Report on vaccination proceedings throughout the Government of Bengal -
Year: 1868
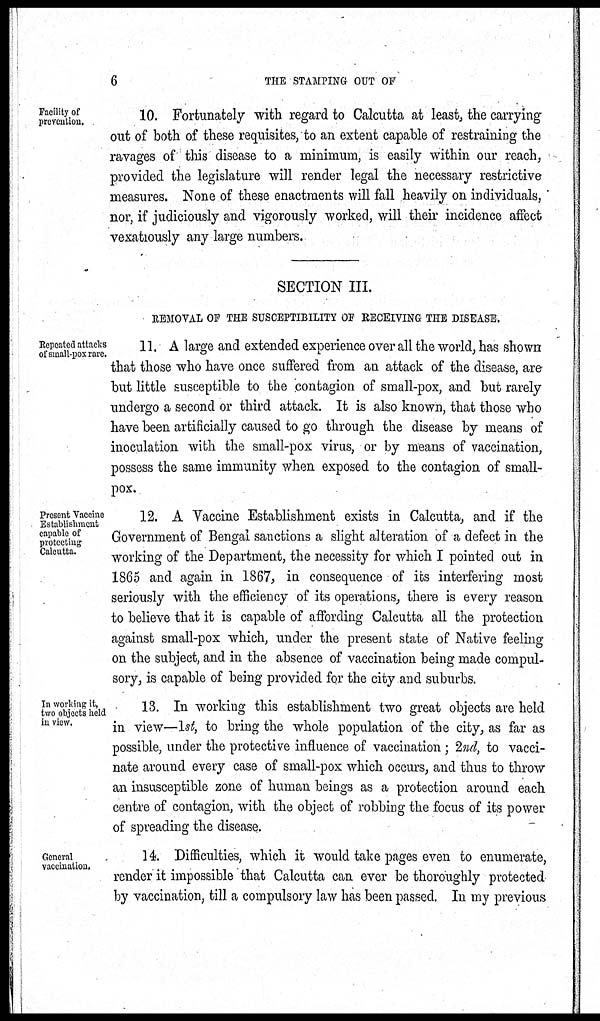
6
THE STAMPING OUT OF
Facility of
prevention.
10. Fortunately with regard to Calcutta at least, the carrying
out of both of these requisites, to an extent capable of restraining the
ravages of this disease to a minimum, is easily within our reach,
provided the legislature will render legal the necessary restrictive
measures. None of these enactments will fall heavily on individuals,
nor, if judiciously and vigorously worked, will their incidence affect
vexatiously any large numbers.
SECTION III.
REMOVAL OF THE SUSCEPTIBILITY OF RECEIVING THE DISEASE.
Repeated attacks
of small-pox rare.
11. A large and extended experience over all the world, has shown
that those who have once suffered from an attack of the disease, are
but little susceptible to the contagion of small-pox, and but rarely
undergo a second or third attack. It is also known, that those who
have been artificially caused to go through the disease by means of
inoculation with the small-pox virus, or by means of vaccination,
possess the same immunity when exposed to the contagion of small-
pox.
Present Vaccine
Establishment
capable of
protecting
Calcutta.
12. A Vaccine Establishment exists in Calcutta, and if the
Government of Bengal sanctions a slight alteration of a defect in the
working of the Department, the necessity for which I pointed out in
1865 and again in 1867, in consequence of its interfering most
seriously with the efficiency of its operations, there is every reason
to believe that it is capable of affording Calcutta all the protection
against small-pox which, under the present state of Native feeling
on the subject, and in the absence of vaccination being made compul-
sory, is capable of being provided for the city and suburbs.
In working it,
two objects held
in view.
13. In working this establishment two great objects are held
in view—1st, to bring the whole population of the city, as far as
possible, under the protective influence of vaccination; 2nd, to vacci-
nate around every case of small-pox which occurs, and thus to throw
an insusceptible zone of human beings as a protection around each
centre of contagion, with the object of robbing the focus of its power
of spreading the disease.
General
vaccination.
14. Difficulties, which it would take pages even to enumerate,
render it impossible that Calcutta can ever be thoroughly protected
by vaccination, till a compulsory law has been passed. In my previous